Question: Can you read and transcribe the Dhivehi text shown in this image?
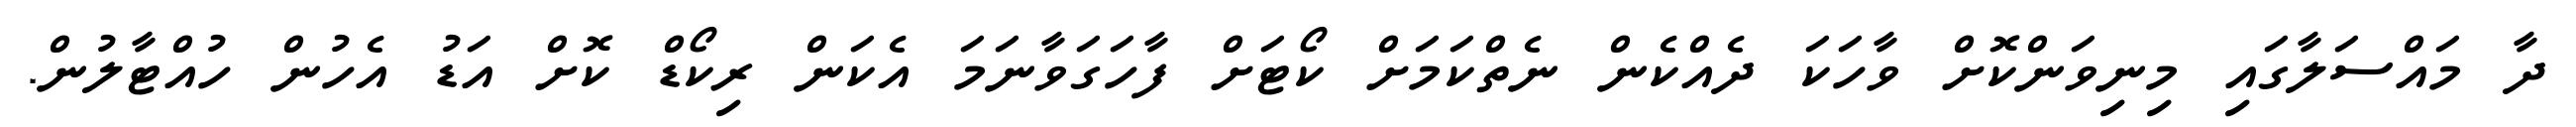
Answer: ދާ މައްސަލާގައި މިނިވަންކޮށް ވާހަކަ ދެއްކެން ނެތްކަމަށް ކޯޓަށް ފާހަގަވާނަމަ އެކަން ރިކޯޑް ކޮށް އަޑު އެހުން ހުއްޓާލުން.